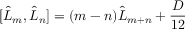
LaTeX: \lbrack \hat { L } _ { m } , \hat { L } _ { n } ] = ( m - n ) \hat { L } _ { m + n } + \frac { D } { 1 2 }